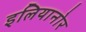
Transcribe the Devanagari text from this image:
इलियानोर